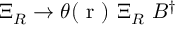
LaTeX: \Xi _ { R } \rightarrow \theta ( \mathrm { \boldmath ~ r ~ } ) ~ \Xi _ { R } ~ B ^ { \dag }